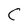
Character: C